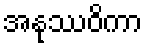
အနုဿဝိကာ